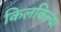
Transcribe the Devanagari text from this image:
किलकिल्या